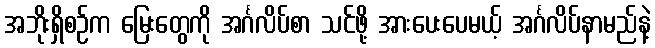
အဘိုးရှိစဉ်က မြေးတွေကို အင်္ဂလိပ်စာ သင်ဖို့ အားပေးပေမယ့် အင်္ဂလိပ်နာမည်နဲ့